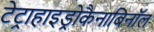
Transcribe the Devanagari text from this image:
टेट्राहाइड्रोकैनाबिनॉल